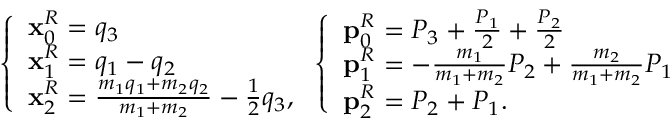
\left\{ \begin{array} { l l } { \mathbf { x } _ { 0 } ^ { R } = q _ { 3 } } \\ { \mathbf { x } _ { 1 } ^ { R } = q _ { 1 } - q _ { 2 } } \\ { \mathbf { x } _ { 2 } ^ { R } = \frac { m _ { 1 } q _ { 1 } + m _ { 2 } q _ { 2 } } { m _ { 1 } + m _ { 2 } } - \frac { 1 } { 2 } q _ { 3 } , } \end{array} \right. \left\{ \begin{array} { l l } { \mathbf { p } _ { 0 } ^ { R } = P _ { 3 } + \frac { P _ { 1 } } 2 + \frac { P _ { 2 } } 2 } \\ { \mathbf { p } _ { 1 } ^ { R } = - \frac { m _ { 1 } } { m _ { 1 } + m _ { 2 } } P _ { 2 } + \frac { m _ { 2 } } { m _ { 1 } + m _ { 2 } } P _ { 1 } } \\ { \mathbf { p } _ { 2 } ^ { R } = P _ { 2 } + P _ { 1 } . } \end{array} \right.